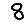
Digit: 8